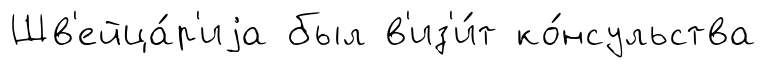
Шв'ейца́р'иjа был в'из'и́т ко́нсульства